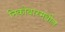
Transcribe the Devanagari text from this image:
निकोबारमधील